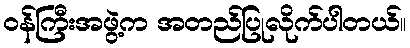
ဝန်ကြီးအဖွဲ့က အတည်ပြုလိုက်ပါတယ်။